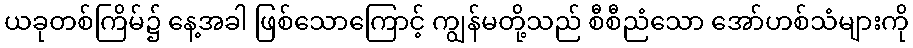
ယခုတစ်ကြိမ်၌ နေ့အခါ ဖြစ်သောကြောင့် ကျွန်မတို့သည် စီစီညံသော အော်ဟစ်သံများကို